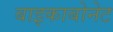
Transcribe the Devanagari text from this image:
बाइकाबोनेट